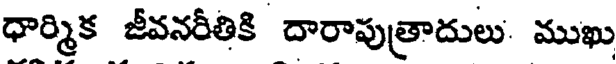
ధార్మిక జీవనరీతికి దారాపుత్రాదులు. ముఖు